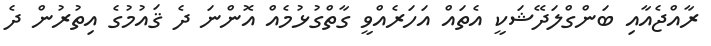
ރާއްޖެއާއި ބަންގްލަދޭޝަކީ އެތައް އަހަރެއްވީ ގާތްގުޅުމެއް އޮންނަ ދެ ޤައުމުގެ އިތުރުން ދެ